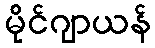
မိုင်ဂျာယန်